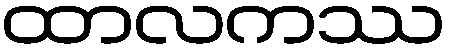
ထာလကဿ